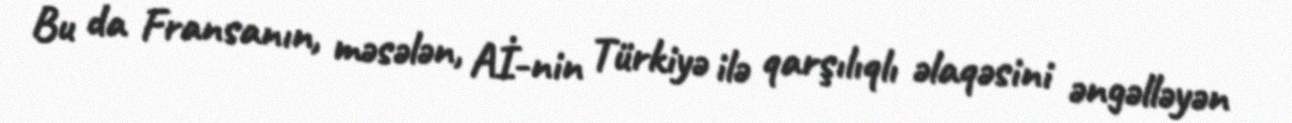
Bu da Fransanın, məsələn, Aİ-nin Türkiyə ilə qarşılıqlı əlaqəsini əngəlləyən